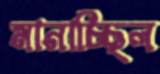
মানাচ্ছিল